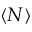
\langle N \rangle